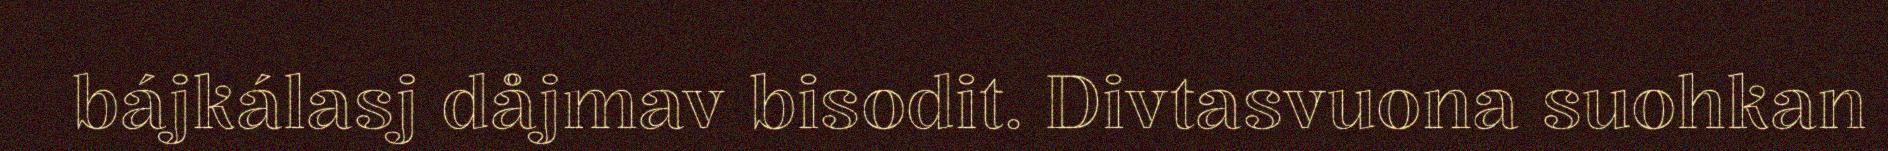
bájkálasj dåjmav bisodit. Divtasvuona suohkan